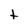
Character: t